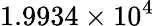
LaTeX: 1.9934\times 10^{4}